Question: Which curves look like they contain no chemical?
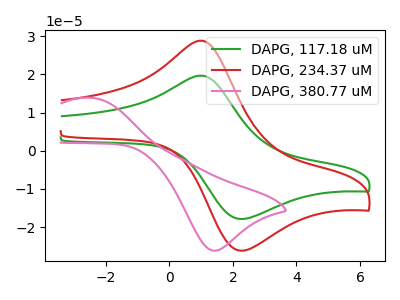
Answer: <think>The green curve "DAPG, 117.18 uM" has an anodic peak at (1.05V, 19.65uA) and a cathodic peak at (2.25V, -17.90uA). The red curve "DAPG, 234.37 uM" has an anodic peak at (1.05V, 28.80uA) and a cathodic peak at (2.25V, -26.20uA). The pink curve "DAPG, 380.77 uM" has an anodic peak at (-2.45V, 13.85uA) and a cathodic peak at (1.45V, -26.20uA).</think>
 <answer>There are not any CV's on this graph that are likely to be blanks.</answer>
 <eval>none</eval>